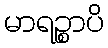
မာရဉ္စာပိ